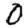
Digit: 0